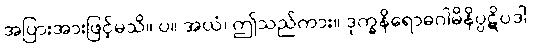
အပြားအားဖြင့်မသိ။ ပ။ အယံ၊ ဤသည်ကား။ ဒုက္ခနိရောဓဂါမိနိပ္ပဋိပဒါ၊